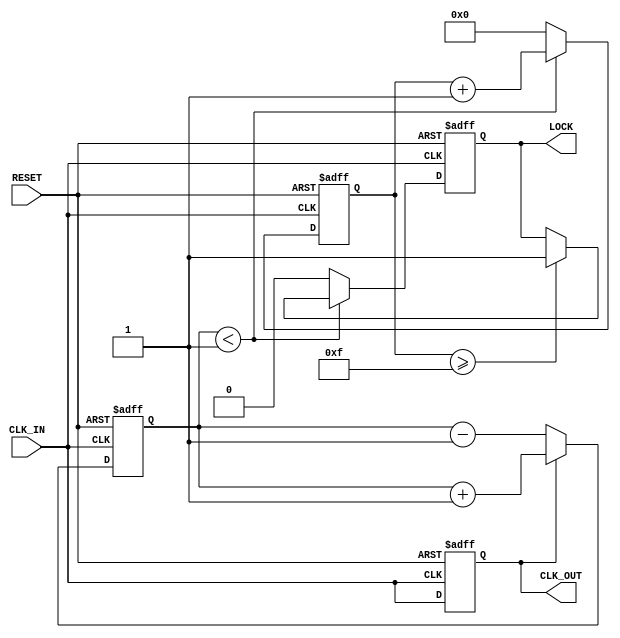
module MemoryBlocksDLL (
    input wire CLK_IN,        // Input clock
    input wire RESET,         // Reset signal
    output reg CLK_OUT,       // Output clock
    output reg LOCK           // Lock signal
);

    // Parameters for the DLL
    parameter DELAY_STAGES = 8; // Number of delay stages in VCDL
    parameter PHASE_ERROR_THRESHOLD = 1; // Threshold for lock detection

    // Internal signals
    reg [DELAY_STAGES-1:0] delay_line; // Delay line control
    reg [3:0] phase_error;              // Phase error signal
    reg [3:0] control_signal;            // Control signal for VCDL
    reg [3:0] lock_counter;              // Counter for lock detection

    // Phase Detector (PD)
    always @(posedge CLK_IN or posedge RESET) begin
        if (RESET) begin
            phase_error <= 0;
        end else begin
            // Simple phase error detection logic
            if (CLK_OUT) begin
                phase_error <= phase_error + 1; // CLK_OUT is leading
            end else begin
                phase_error <= phase_error - 1; // CLK_OUT is lagging
            end
        end
    end

    // Loop Filter (LF)
    always @(posedge CLK_IN or posedge RESET) begin
        if (RESET) begin
            control_signal <= 0;
        end else begin
            // Simple low-pass filter implementation
            control_signal <= control_signal + (phase_error >> 1); // Smoothing the error
        end
    end

    // Voltage-Controlled Delay Line (VCDL)
    always @(posedge CLK_IN or posedge RESET) begin
        if (RESET) begin
            delay_line <= 0;
            CLK_OUT <= 0;
        end else begin
            // Adjust delay based on control signal
            delay_line <= control_signal[DELAY_STAGES-1:0];
            // Generate output clock based on delay line
            CLK_OUT <= #delay_line CLK_IN; // Introduce delay based on control signal
        end
    end

    // Feedback Path and Lock Detection
    always @(posedge CLK_IN or posedge RESET) begin
        if (RESET) begin
            LOCK <= 0;
            lock_counter <= 0;
        end else begin
            // Lock detection logic
            if (phase_error < PHASE_ERROR_THRESHOLD) begin
                lock_counter <= lock_counter + 1;
                if (lock_counter >= 4'b1111) begin // Lock condition
                    LOCK <= 1;
                end
            end else begin
                lock_counter <= 0; // Reset counter if out of lock
                LOCK <= 0;
            end
        end
    end

endmodule